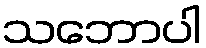
သဘောပါ